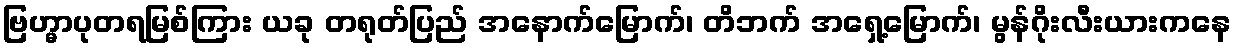
ဗြဟ္မာပုတရမြစ်ကြား ယခု တရုတ်ပြည် အနောက်မြောက်၊ တိဘက် အရှေ့မြောက်၊ မွန်ဂိုးလီးယားကနေ